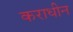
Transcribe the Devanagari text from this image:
कराधीन